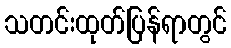
သတင်းထုတ်ပြန်ရာတွင်